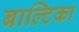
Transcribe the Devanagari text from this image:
बाल्टिका